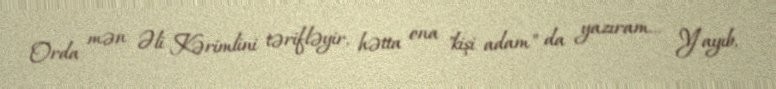
Orda mən Əli Kərimlini tərifləyir, hətta ona "kişi adam" da yazıram... Yayıb,